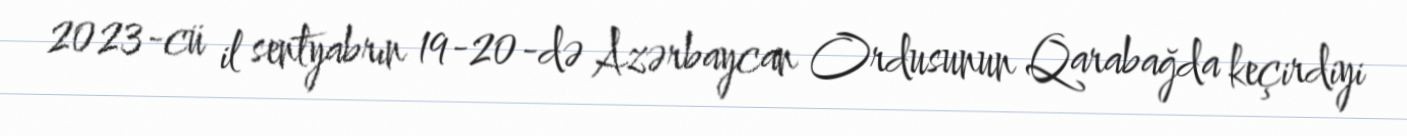
2023-cü il sentyabrın 19-20-də Azərbaycan Ordusunun Qarabağda keçirdiyi